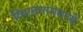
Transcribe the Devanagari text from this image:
विएतनाममध्ये